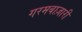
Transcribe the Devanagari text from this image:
गरमबाज़ारी